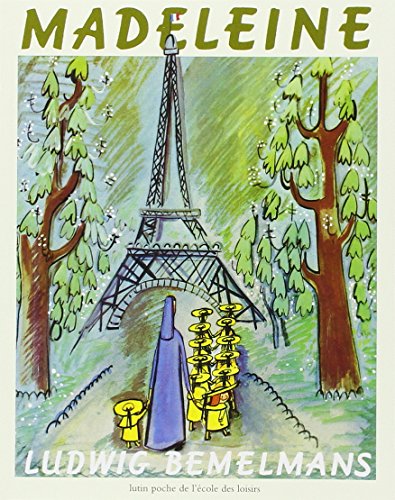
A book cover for Madeleine (French Edition); Ludwig Bemelmans; Children's Books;